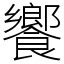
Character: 饗